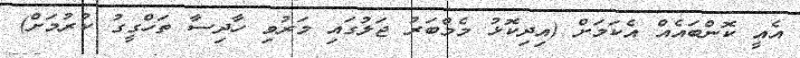
އެއީ ކޮންބައެއް އެކަމަށް (އިދިކޮޅު މެމްބަރު ޖަލުގައި މަރުވި ހާދިސާ ތަހްގީގު ކުރުމަށް)